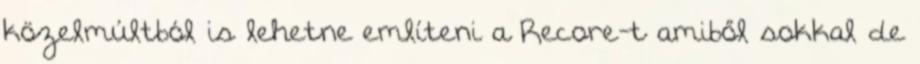
közelmúltból is lehetne említeni a Recore-t amiből sokkal de